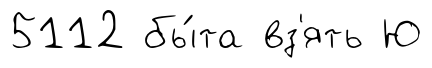
5112 бы́та вз'ять Ю